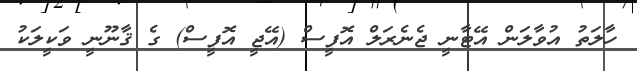
ހާލަތު އުވާލަން އޭޓާނީ ޖެނެރަލް އޮފީސް (އޭޖީ އޮފީސް) ގެ ޤާނޫނީ ވަކީލަކު